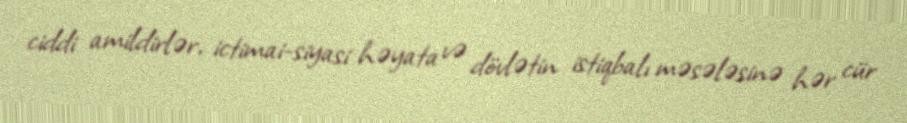
ciddi amildirlər, ictimai-siyasi həyata və dövlətin istiqbalı məsələsinə hər cür